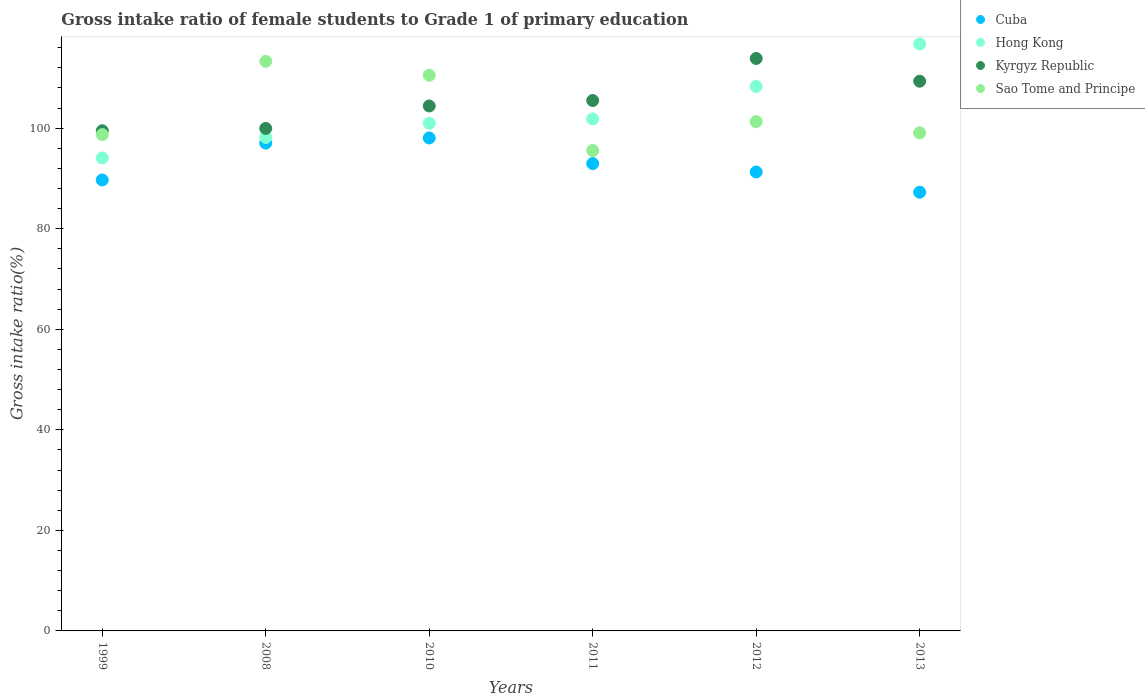
| Years | Cuba | Hong Kong | Kyrgyz Republic | Sao Tome and Principe |
 | --- | --- | --- | --- | --- |
 | 1999 | 89.7 | 94.1 | 99.5 | 98.7 |
 | 2008 | 97 | 98.2 | 99.9 | 113 |
 | 2010 | 98.1 | 101 | 104 | 111 |
 | 2011 | 93 | 102 | 105 | 95.6 |
 | 2012 | 91.3 | 108 | 114 | 101 |
 | 2013 | 87.3 | 117 | 109 | 99.1 |